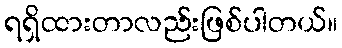
ရရှိထားတာလည်းဖြစ်ပါတယ်။